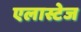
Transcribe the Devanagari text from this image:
एलास्टेज